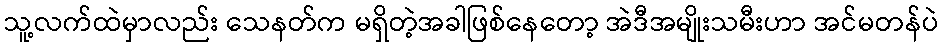
သူ့လက်ထဲမှာလည်း သေနတ်က မရှိတဲ့အခါဖြစ်နေတော့ အဲဒီအမျိုးသမီးဟာ အင်မတန်ပဲ